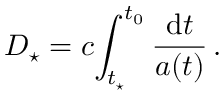
D _ { \star } = c \! \int _ { t _ { \star } } ^ { t _ { 0 } } \frac { \mathrm { d } t } { a ( t ) } \, .